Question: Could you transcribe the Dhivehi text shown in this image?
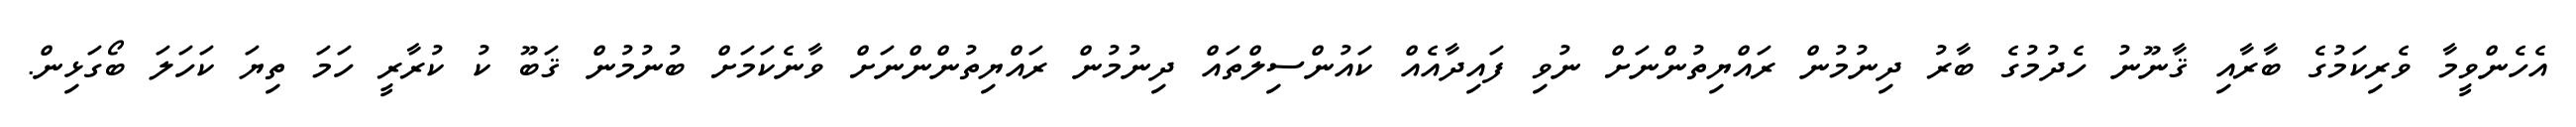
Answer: އެހެންވީމާ ވެރިކަމުގެ ބާރާއި ޤާނޫނު ހެދުމުގެ ބާރު ދިނުމުން ރައްޔިތުންނަށް ނުވި ފައިދާއެއް ކައުންސިލްތައް ދިނުމުން ރައްޔިތުންންނަށް ވާނެކަމަށް ބުނުމުން ޤަބޫ ކު ކުރާރީ ހަމަ ތިޔަ ކަހަލަ ބޯގަޅިން.